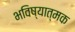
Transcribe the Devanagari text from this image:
भविष्यात्मक